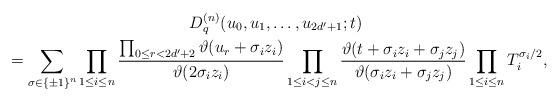
LaTeX: \begin{gather*} D^{(n)}_q(u_0,u_1,\dots,u_{2d'+1};t) \\ {}= \sum_{\sigma\in \{\pm 1\}^n} \prod_{1\le i\le n} \frac{\prod_{0\le r<2d'+2} \vartheta(u_r+\sigma_i z_i)} {\vartheta(2\sigma_i z_i)} \prod_{1\le i<j\le n} \frac{\vartheta(t+\sigma_i z_i+\sigma_j z_j)} {\vartheta(\sigma_i z_i+\sigma_j z_j)} \prod_{1\le i\le n}T_i^{\sigma_i/2}, \end{gather*}